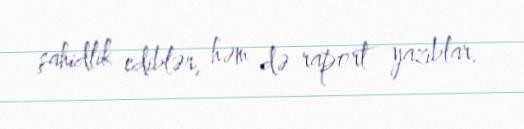
şahidlik ediblər, həm də raport yazıblar.